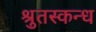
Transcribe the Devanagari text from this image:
श्रुतस्कन्ध